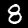
Label: 8